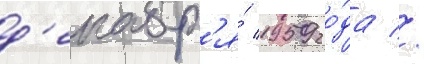
д'екабр'я́ 1959 го́да //